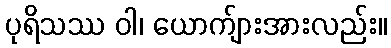
ပုရိသဿ ဝါ၊ ယောက်ျားအားလည်း။